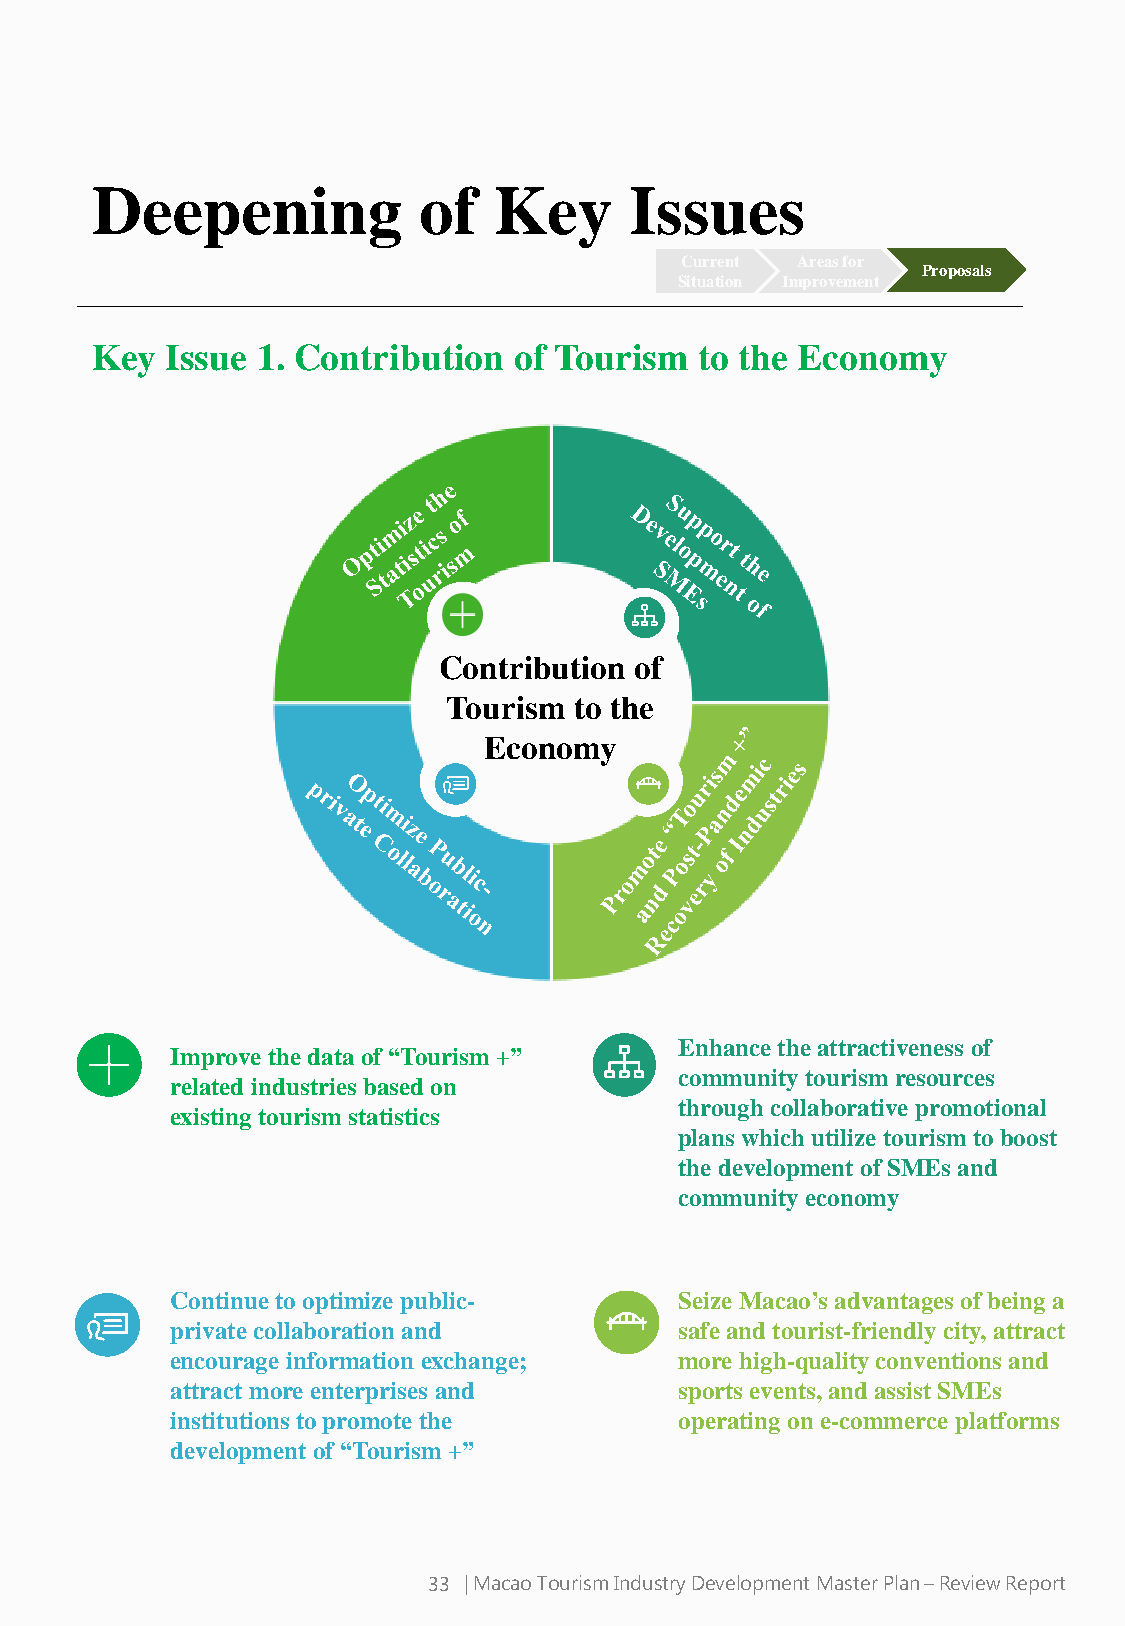
Deepening             of   Key      Issues
 Current Areas for
 Proposals
 Situation Improvement
 Key  Issue 1. Contribution  of Tourism  to the Economy
 Contribution of
 Tourism to the
 Economy
 Enhance the attractiveness of
 Improve the data of “Tourism +”
 community tourism resources
 related industries based on
 through collaborative promotional
 existing tourism statistics
 plans whichutilize tourism to boost
 the development of SMEs and
 community economy
 Continue to optimize public-      Seize Macao’s advantages of being a
 private collaboration and         safe and tourist-friendly city, attract
 encourage information exchange;   more high-quality conventions and
 attract more enterprises and      sports events, and assist SMEs
 institutions to promote the       operating on e-commerce platforms
 development of “Tourism +”
 33 | Macao Tourism Industry Development Master Plan –Review Report